Civil Veterinary Dept. Bombay admin report 1907-1913 - 1907-1913
Year: 1907
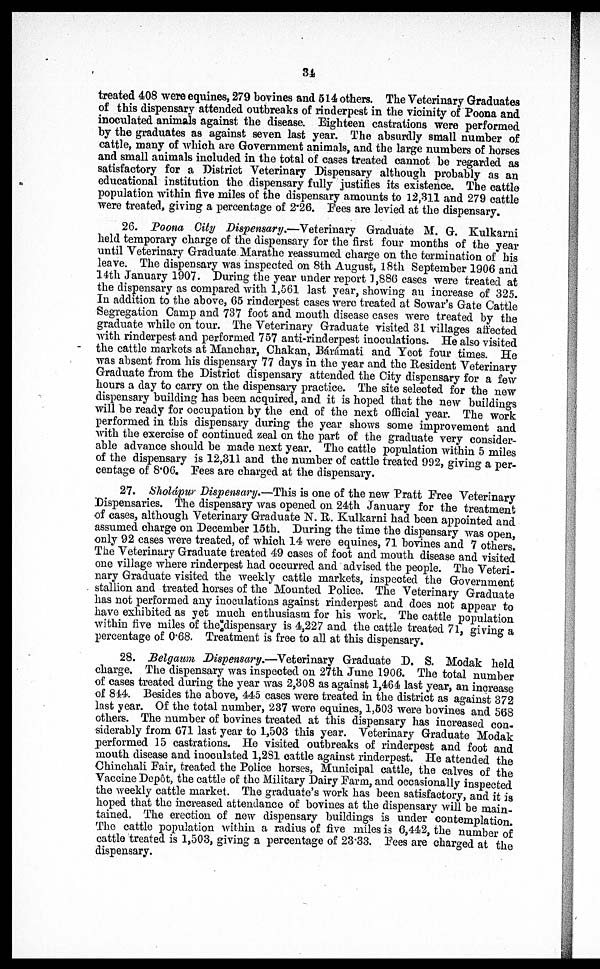
34
treated 408 were equines, 279 bovines and 514 others. The Veterinary Graduates
of this dispensary attended outbreaks of rinderpest in the vicinity of Poona and
inoculated animals against the disease. Eighteen castrations were performed
by the graduates as against seven last year. The absurdly small number of
cattle, many of which are Government animals, and the large numbers of horses
and small animals included in the total of cases treated cannot be regarded as
satisfactory for a District Veterinary Dispensary although probably as an
educational institution the dispensary fully justifies its existence. The cattle
population within five miles of the dispensary amounts to 12,311 and 279 cattle
were treated, giving a percentage of 2.26. Fees are levied at the dispensary.
26. Poona City Dispensary.—Veterinary Graduate M. G. Kulkarni
held temporary charge of the dispensary for the first four months of the year
until Veterinary Graduate Marathe reassumed charge on the termination of his
leave. The dispensary was inspected on 8th August, 18th September 1906 and
14th January 1907. During the year under report 1,886 cases were treated at
the dispensary as compared with 1,561 last year, showing an increase of 325.
In addition to the above, 65 rinderpest cases were treated at Sowar's Gate Cattle
Segregation Camp and 737 foot and mouth disease cases were treated by the
graduate while on tour. The Veterinary Graduate visited 31 villages affected
with rinderpest and performed 757 anti-rinderpest inoculations. He also visited
the cattle markets at Manchar, Chakan, Bárámati and Yeot four times. He
was absent from his dispensary 77 days in the year and the Resident Veterinary
Graduate from the District dispensary attended the City dispensary for a few
hours a day to carry on the dispensary practice. The site selected for the new
dispensary building has been acquired, and it is hoped that the new buildings
will be ready for occupation by the end of the next official year. The work
performed in this dispensary during the year shows some improvement and
with the exercise of continued zeal on the part of the graduate very consider-
able advance should be made next year. The cattle population within 5 miles
of the dispensary is 12,311 and the number of cattle treated 992, giving a per-
centage of 8.06. Fees are charged at the dispensary.
27. Sholápur Dispensary.—This is one of the new Pratt Free Veterinary
Dispensaries. The dispensary was opened on 24th January for the treatment
of cases, although Veterinary Graduate N. R. Kulkarni had been appointed and
assumed charge on December 15th. During the time the dispensary was open,
only 92 cases were treated, of which 14 were equines, 71 bovines and 7 others.
The Veterinary Graduate treated 49 cases of foot and mouth disease and visited
one village where rinderpest had occurred and advised the people. The Veteri-
nary Graduate visited the weekly cattle markets, inspected the Government
stallion and treated horses of the Mounted Police. The Veterinary Graduate
has not performed any inoculations against rinderpest and does not appear to
have exhibited as yet much enthusiasm for his work. The cattle population
within five miles of the dispensary is 4,227 and the cattle treated 71, giving a
percentage of 0.68. Treatment is free to all at this dispensary.
28. Belgaum Dispensary.—Veterinary Graduate D. S. Modak held
charge. The dispensary was inspected on 27th June 1906. The total number
of cases treated during the year was 2,308 as against 1,464 last year, an increase
of 844. Besides the above, 445 cases were treated in the district as against 372
last year. Of the total number, 237 were equines, 1,503 were bovines and 568
others. The number of bovines treated at this dispensary has increased con-
siderably from 671 last year to 1,503 this year. Veterinary Graduate Modak
performed 15 castrations. He visited outbreaks of rinderpest and foot and
mouth disease and inoculated 1,281 cattle against rinderpest. He attended the
Chinchali Fair, treated the Police horses, Municipal cattle, the calves of the
Vaccine Depot, the cattle of the Military Dairy Farm, and occasionally inspected
the weekly cattle market. The graduate's work has been satisfactory, and it is
hoped that the increased attendance of bovines at the dispensary will be main-
tained, The erection of new dispensary buildings is under contemplation.
The cattle population within a radius of five miles is 6,442, the number of
cattle treated is 1,503, giving a percentage of 23.33. Fees are charged at the
dispensary.